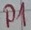
Text: P1